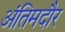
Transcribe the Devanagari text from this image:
अंतिमदौर